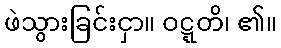
ဖဲသွားခြင်းငှာ။ ဝဋ္ဋတိ၊ ၏။